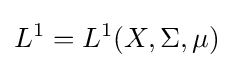
L^{1}=L^{1}(X,\Sigma ,\mu )